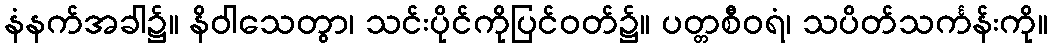
နံနက်အခါ၌။ နိဝါသေတွာ၊ သင်းပိုင်ကိုပြင်ဝတ်၌။ ပတ္တစီဝရံ၊ သပိတ်သင်္ကန်းကို။